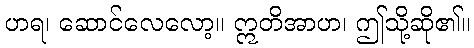
ဟရ၊ ဆောင်လေလော့။ ဣတိအာဟ၊ ဤသို့ဆို၏။